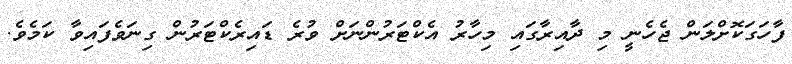
ފާހަގަކޮށްލަން ޖެހެނީ މި ދާއިރާގައި މިހާރު އެކްޓަރުންނަށް ވުރެ ޑައިރެކްޓަރުން ގިނަވެފައިވާ ކަމެވެ.